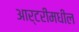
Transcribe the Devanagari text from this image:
आर्टरीमधील